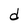
Character: d